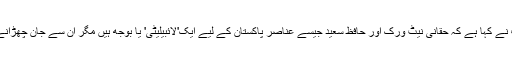
پاکستانی وزیر خارجہ خواجہ آصف نے کہا ہے کہ حقانی نیٹ ورک اور حافظ سعید جیسے عناصر پاکستان کے لیے ایک'لائبیلیٹی' یا بوجھ ہیں مگر ان سے جان چھڑانے کے لیے پاکستان کو وقت چاہیے۔